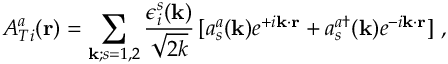
A _ { T i } ^ { a } ( { \bf { r } } ) = \sum _ { { \bf { k } } ; s = 1 , 2 } \frac { \epsilon _ { i } ^ { s } ( { \bf { k } } ) } { \sqrt { 2 k } } \, [ a _ { s } ^ { a } ( { \bf { k } } ) e ^ { + i { \bf { k } } \cdot { \bf { r } } } + a _ { s } ^ { a \dagger } ( { \bf { k } } ) e ^ { - i { \bf { k } } \cdot { \bf { r } } } ] \; ,